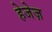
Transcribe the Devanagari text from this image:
हेजेज़